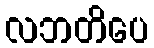
လဘတိပေ